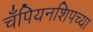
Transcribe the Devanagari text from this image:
चँपियनशिपच्या